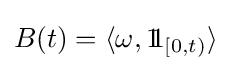
B(t)=\langle \omega ,1\!\!1_{[0,t)}\rangle